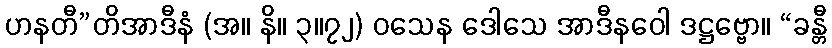
ဟနတီ”တိအာဒီနံ (အ။ နိ။ ၃။၇၂) ဝသေန ဒေါသေ အာဒီနဝေါ ဒဋ္ဌဗ္ဗော။ “ခန္တီ